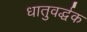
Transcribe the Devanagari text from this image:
धातुवर्द्धक